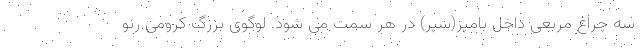
سه چراغ مربعی داخل بامپر(سپر) در هر سمت می شود. لوگوی بزرگ کرومی رنو